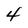
Character: 4